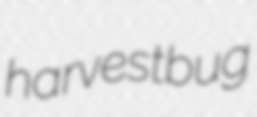
harvestbug